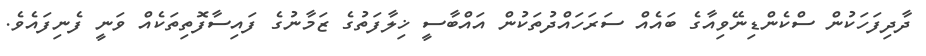
ދާދިފަހަކުން ސްކެންޑިނޭވިއާގެ ބައެއް ސަރަހައްދުތަކުން އައްބާސީ ޚިލާފަތުގެ ޒަމާނުގެ ފައިސާފޮތިތަކެއް ވަނީ ފެނިފައެވެ.